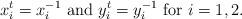
LaTeX: \begin{align*}x_i^t=x_i^{-1}\mbox{ and }y_i^t=y_i^{-1}\mbox{ for }i=1,2.\end{align*}